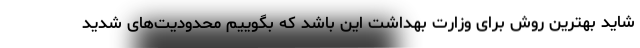
شاید بهترین روش برای وزارت بهداشت این باشد که بگوییم محدودیت‌های شدید